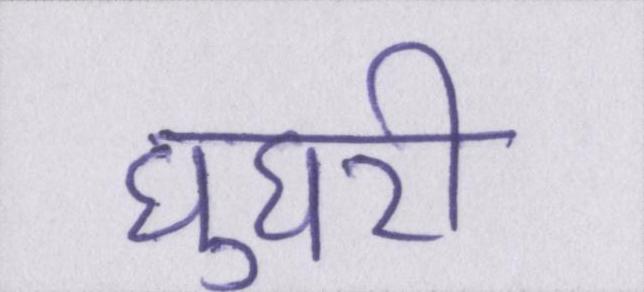
घुघरी